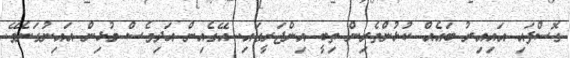
ގޮސްފައި އައިއިރު ބައެއް ކުޅުންތެރިން ތިބީ އިންޖަރީގައި. އޭގެއިން އަދިވެސް މުޅިން އައިނުގަނެވޭ.